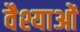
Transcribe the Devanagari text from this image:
वैश्याओं